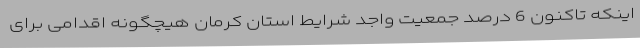
اینکه تاکنون 6 درصد جمعیت واجد شرایط استان کرمان هیچگونه اقدامی برای